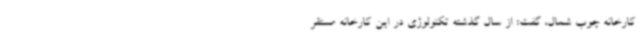
کارخانه چوب شمال، گفت: از سال گذشته تکنولوژی در این کارخانه مستقر